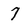
Character: 7